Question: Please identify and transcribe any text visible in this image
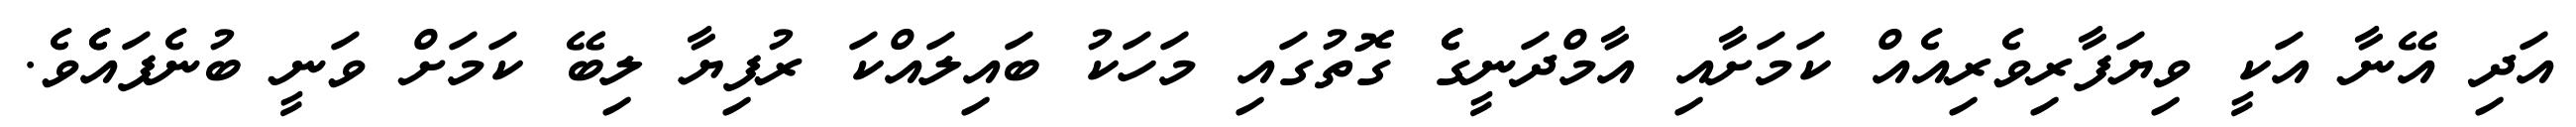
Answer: އަދި އޭނާ އަކީ ވިޔަފާރިވެރިއެއް ކަމަށާއި އާމްދަނީގެެ ގޮތުގައި މަހަކު ބައިލައްކަ ރުފިޔާ ލިބޭ ކަމަށް ވަނީ ބުނެފައެެވެ.